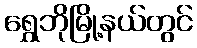
ရွှေဘိုမြို့နယ်တွင်